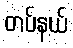
တပ်နယ်